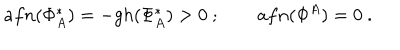
a f n ( \Phi _ { A } ^ { * } ) = - g h ( \Phi _ { A } ^ { * } ) > 0 \ ; \qquad a f n ( \Phi ^ { A } ) = 0 \ .